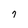
Character: 7